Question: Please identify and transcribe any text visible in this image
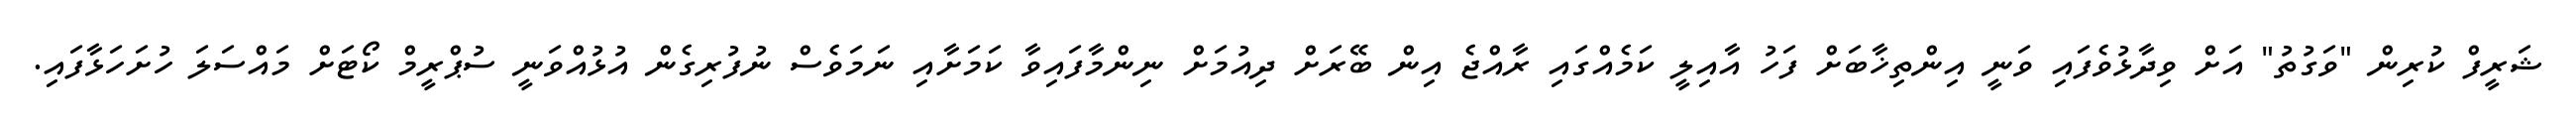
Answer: ޝަރީފް ކުރިން "ވަގުތު" އަށް ވިދާޅުވެފައި ވަނީ އިންތިޚާބަށް ފަހު އާއިލީ ކަމެއްގައި ރާއްޖެ އިން ބޭރަށް ދިއުމަށް ނިންމާފައިވާ ކަމަށާއި ނަމަވެސް ނުފުރިގެން އުޅުއްވަނީ ސުޕްރީމް ކޯޓަށް މައްސަލަ ހުށަހަޅާފައި.